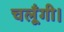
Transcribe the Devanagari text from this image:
चलूँगी।